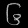
Digit: ၆